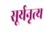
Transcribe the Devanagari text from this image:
सूर्यनृत्य